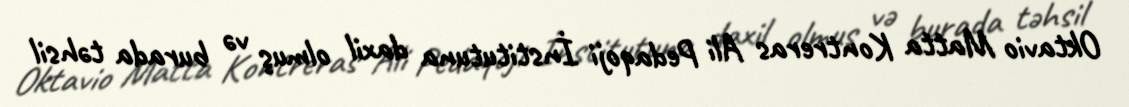
Oktavio Matta Kontreras Ali Pedaqoji İnstitutuna daxil olmuş və burada təhsil